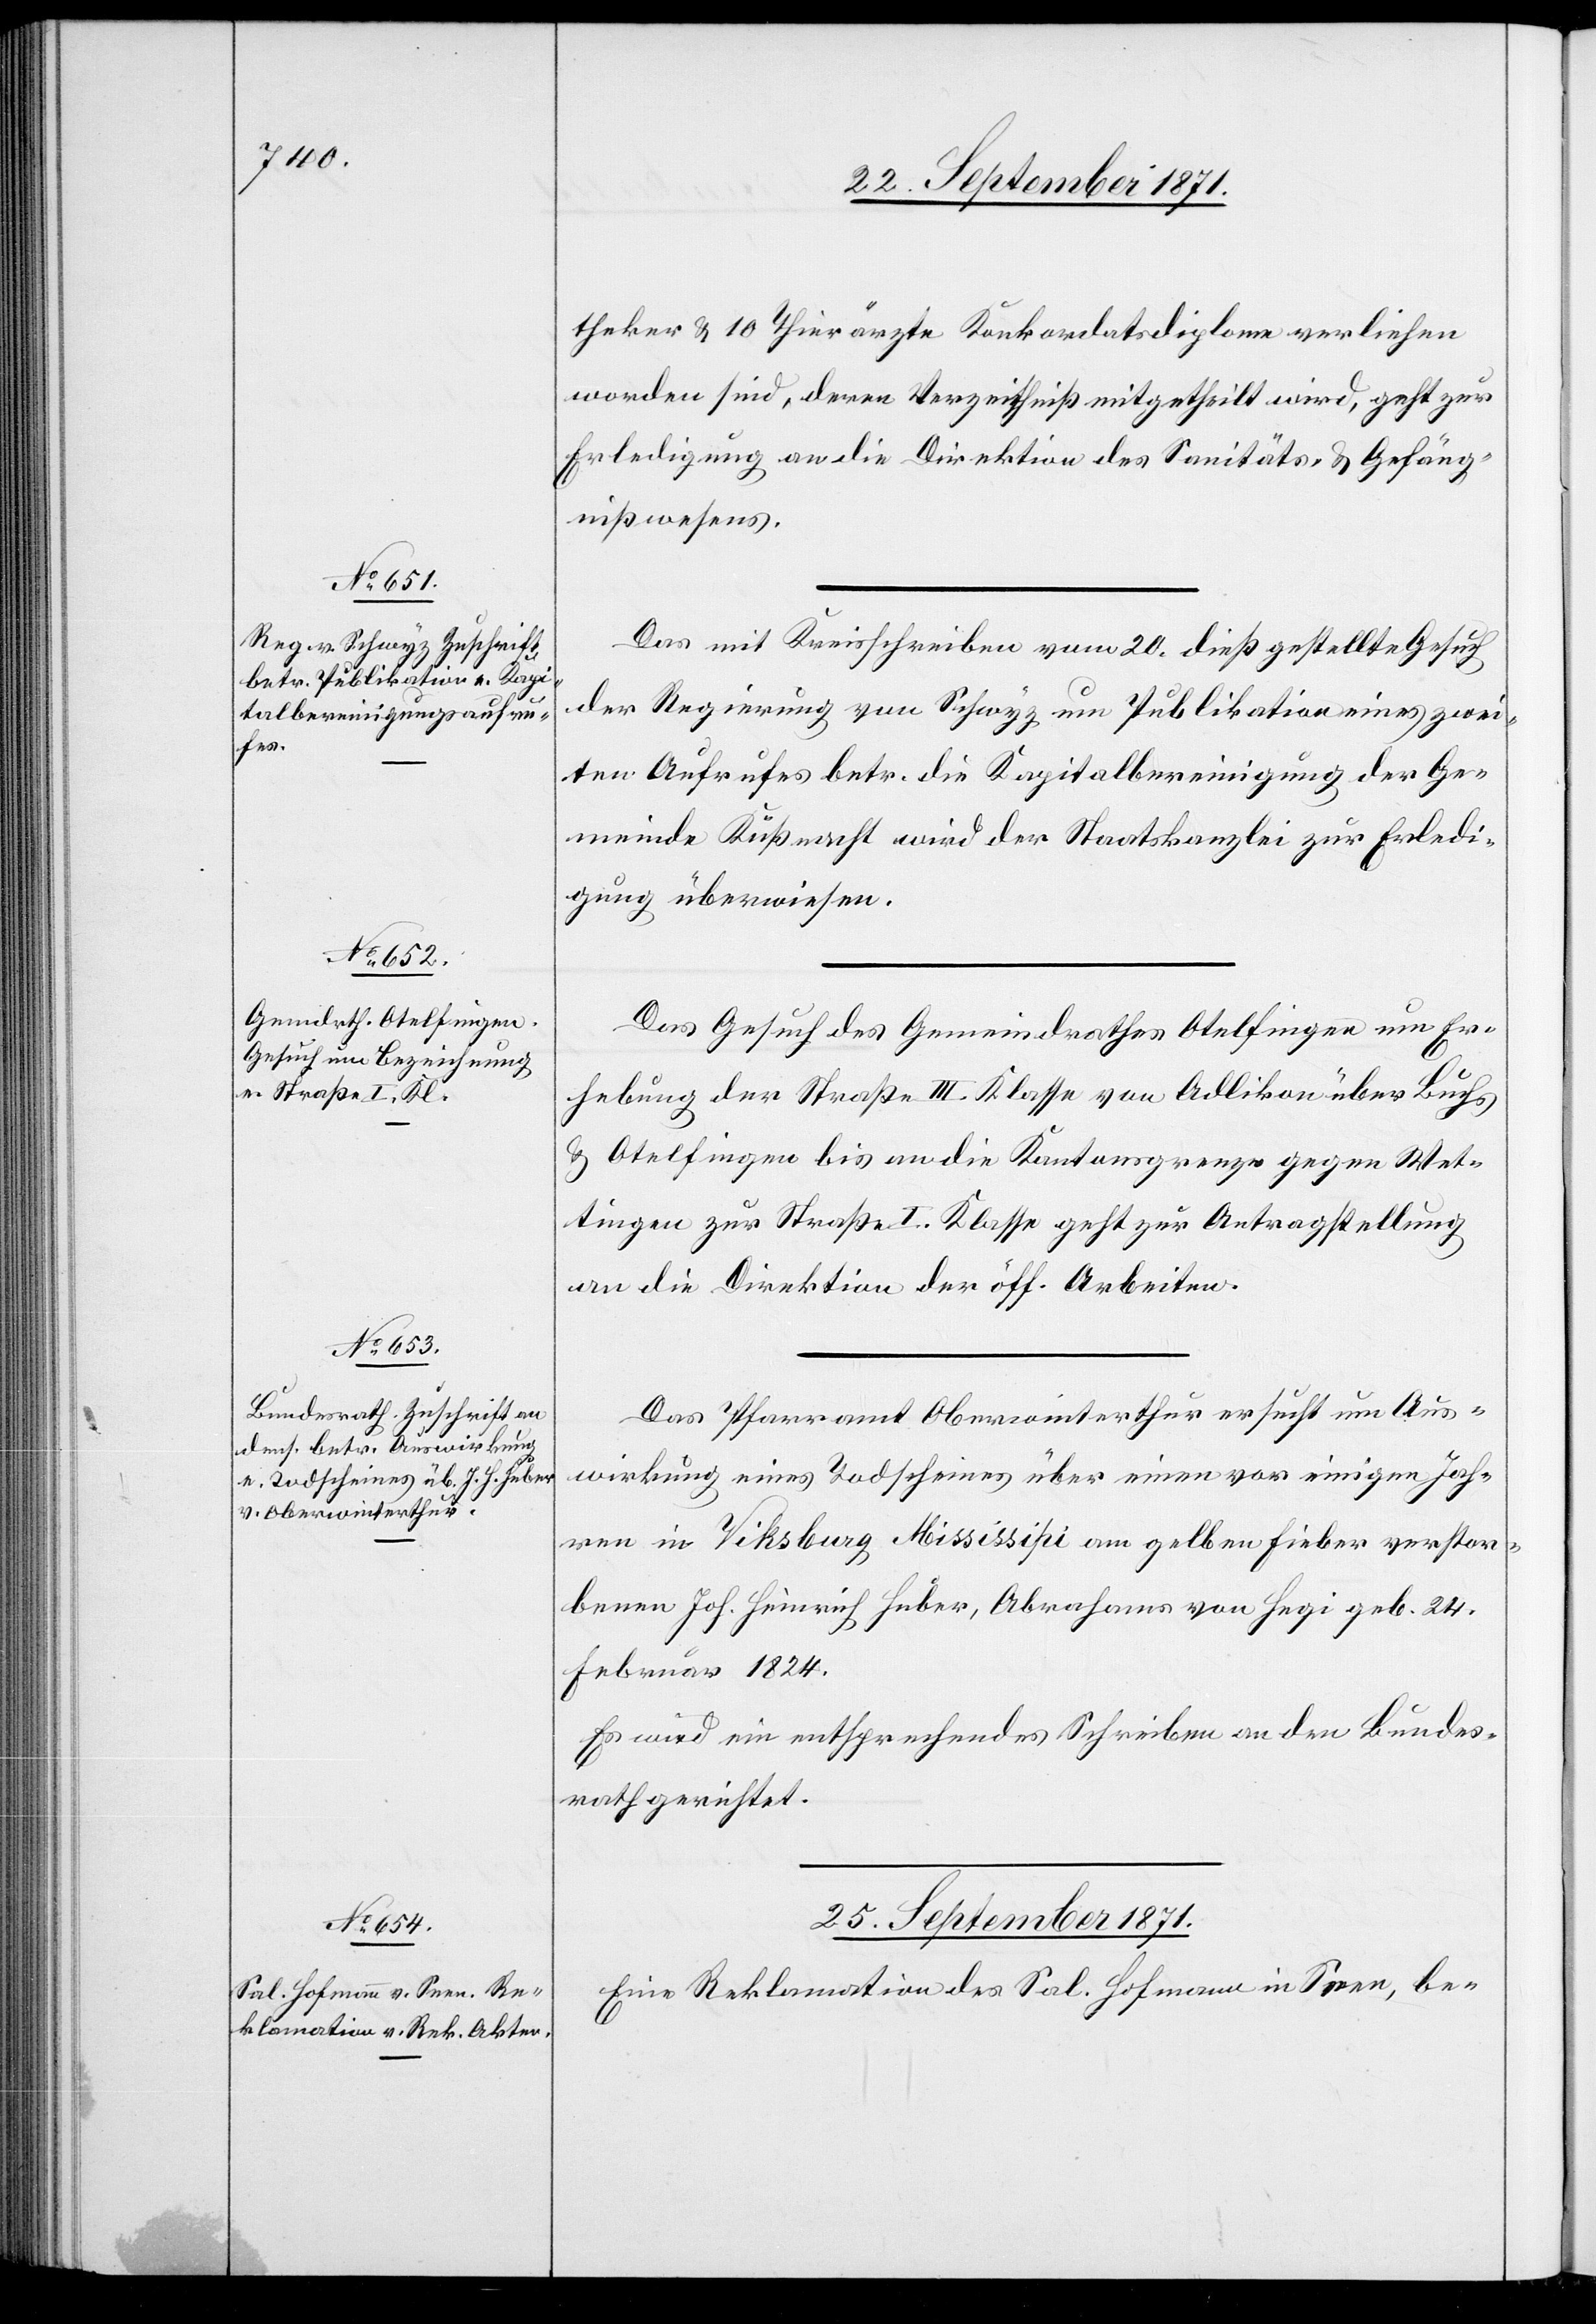
23. September 1871.]
theker & 10 Thierärzte Konkordatsdiplome verliehen
worden sind, deren Verzeichniß mitgetheilt wird, geht zur
Erledigung an die Direktion des Sanitäts- & Gefäng¬
nißwesens.
Das mit Kreisschreiben vom 20. dieß gestellte Gesuch
der Regierung von Schwyz um Publikation eines zwei¬
ten Aufrufes betr. die Kapitalbereinigung der Ge¬
meinde Küssnacht wird der Staatskanzlei zur Erledi¬
gung überwiesen.
Das Gesuch des Gemeindrathes Otelfingen um Er¬
hebung der Straße III. Klasse von Adlikon über Buchs
& Otelfingen bis an die Kantonsgrenze gegen Wet¬
tingen zur Straße I. Klasse geht zur Antragstellung
an die Direktion der öff. Arbeiten.
Das Pfarramt Oberwinterthur ersucht um Aus¬
wirkung eines Todscheines über einen vor einigen Jah¬
ren in Viksburg Mississipi am gelben Fieber verstor¬
benen Joh. Heinrich Huber, Abrahams von Hegi, geb. 24.
Februar 1824.
Es wird ein entsprechendes Schreiben an den Bundes¬
rath gerichtet.
25. September 1871.
Eine Reklamation des Sal. Hofmann in Seen, be-